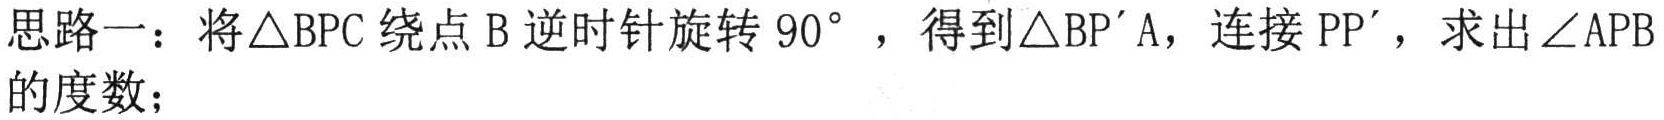
思路一：将\(\triangle BPC\)绕点\(B\)逆时针旋转\(90^{\circ}\)，得到\(\triangle BP'A\)，连接\(PP'\)，求出\(\angle APB\)的度数；